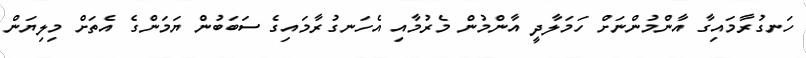
ހަނގުރާމައިގާ އާންމުންނަށް ހަމަލާދީ އާންމުން މެރުމާއި އެހަނގުރާމައިގެ ސަބަބުން ޔަމަންގެ އެތަށް މިލިޔަން